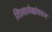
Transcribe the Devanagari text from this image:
शिलालेखांवरुन